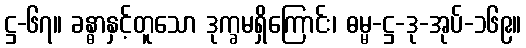
ဋ္ဌ-၆၇။ ခန္ဓာနှင့်တူသော ဒုက္ခမရှိကြောင်း၊ ဓမ္မ-ဋ္ဌ-ဒု-အုပ်-၁၆၉။